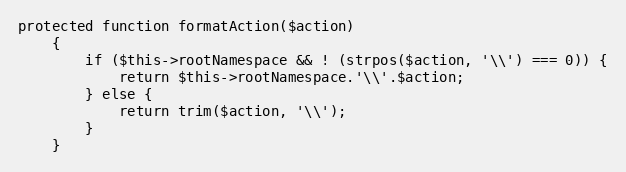
Language: PHP
protected function formatAction($action)
    {
        if ($this->rootNamespace && ! (strpos($action, '\\') === 0)) {
            return $this->rootNamespace.'\\'.$action;
        } else {
            return trim($action, '\\');
        }
    }